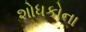
શોધકોના